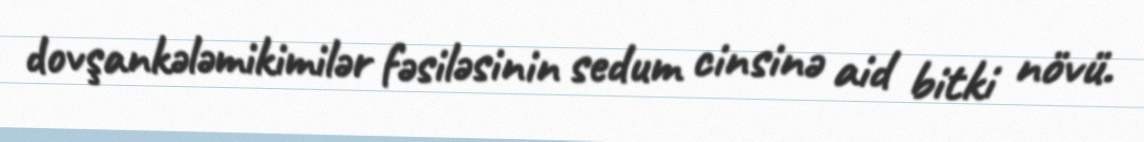
dovşankələmikimilər fəsiləsinin sedum cinsinə aid bitki növü.